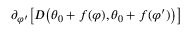
\partial _ { \varphi ^ { \prime } } \big [ D \big ( \theta _ { 0 } + f ( \varphi ) , \theta _ { 0 } + f ( \varphi ^ { \prime } ) \big ) \big ]